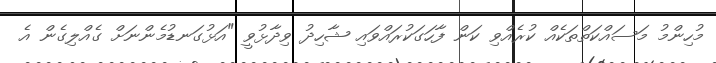
މުހިންމު މަސައްކަތްތަކެއް ކުރެއްވި ކަން ފާހަގަކުރައްވައި ޝާހިދު ވިދާޅުވީ "އަޅުގަނޑުމެންނަށް ގެއްލިގެން އެ